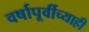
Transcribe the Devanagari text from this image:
वर्षापूर्वीच्याही